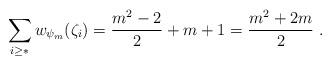
LaTeX: \begin{align*}\sum_{i\geq *}w_{\psi_m}(\zeta_i) = \frac{m^2-2}{2} + m+1 = \frac{m^2+2m}{2}\ .\end{align*}